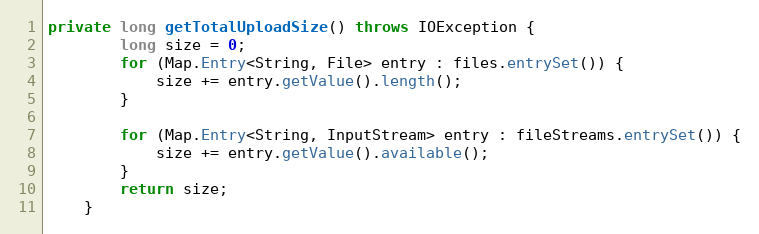
Language: Java
private long getTotalUploadSize() throws IOException {
        long size = 0;
        for (Map.Entry<String, File> entry : files.entrySet()) {
            size += entry.getValue().length();
        }

        for (Map.Entry<String, InputStream> entry : fileStreams.entrySet()) {
            size += entry.getValue().available();
        }
        return size;
    }